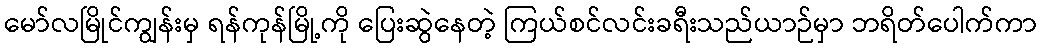
မော်လမြိုင်ကျွန်းမှ ရန်ကုန်မြို့ကို ပြေးဆွဲနေတဲ့ ကြယ်စင်လင်းခရီးသည်ယာဉ်မှာ ဘရိတ်ပေါက်ကာ